Vaccine operations Central Provinces 1886-1899 - 1886-1899
Year: 1886
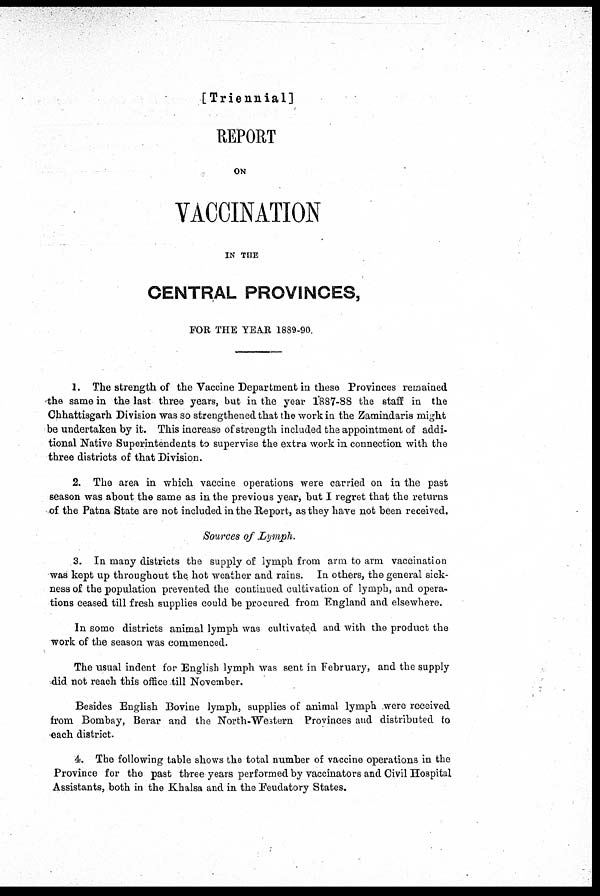
[Triennial]
REPORT
ON
VACCINATION
IN THE
CENTRAL PROVINCES,
FOR THE YEAR 1889-90.
1. The strength of the Vaccine Department in these Provinces remained
the same in the last three years, but in the year 1887-88 the staff in the
Chhattisgarh Division was so strengthened that the work in the Zamindaris might
be undertaken by it. This increase of strength included the appointment of addi-
tional Native Superintendents to supervise the extra work in connection with the
three districts of that Division.
2. The area in which vaccine operations were carried on in the past
season was about the same as in the previous year, but I regret that the returns
of the Patna State are not included in the Report, as they have not been received.
Sources of Lymph.
3. In many districts the supply of lymph from arm to arm vaccination
was kept up throughout the hot weather and rains. In others, the general sick-
ness of the population prevented the continued cultivation of lymph, and opera-
tions ceased till fresh supplies could be procured from England and elsewhere.
In some districts animal lymph was cultivated and with the product the
work of the season was commenced.
The usual indent for English lymph was sent in February, and the supply
did not reach this office till November.
Besides English Bovine lymph, supplies of animal lymph were received
from Bombay, Berar and the North-Western Provinces and distributed to
each district.
4. The following table shows the total number of vaccine operations in the
Province for the past three years performed by vaccinators and Civil Hospital
Assistants, both in the Khalsa and in the Feudatory States.